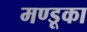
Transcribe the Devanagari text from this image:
मण्डूका